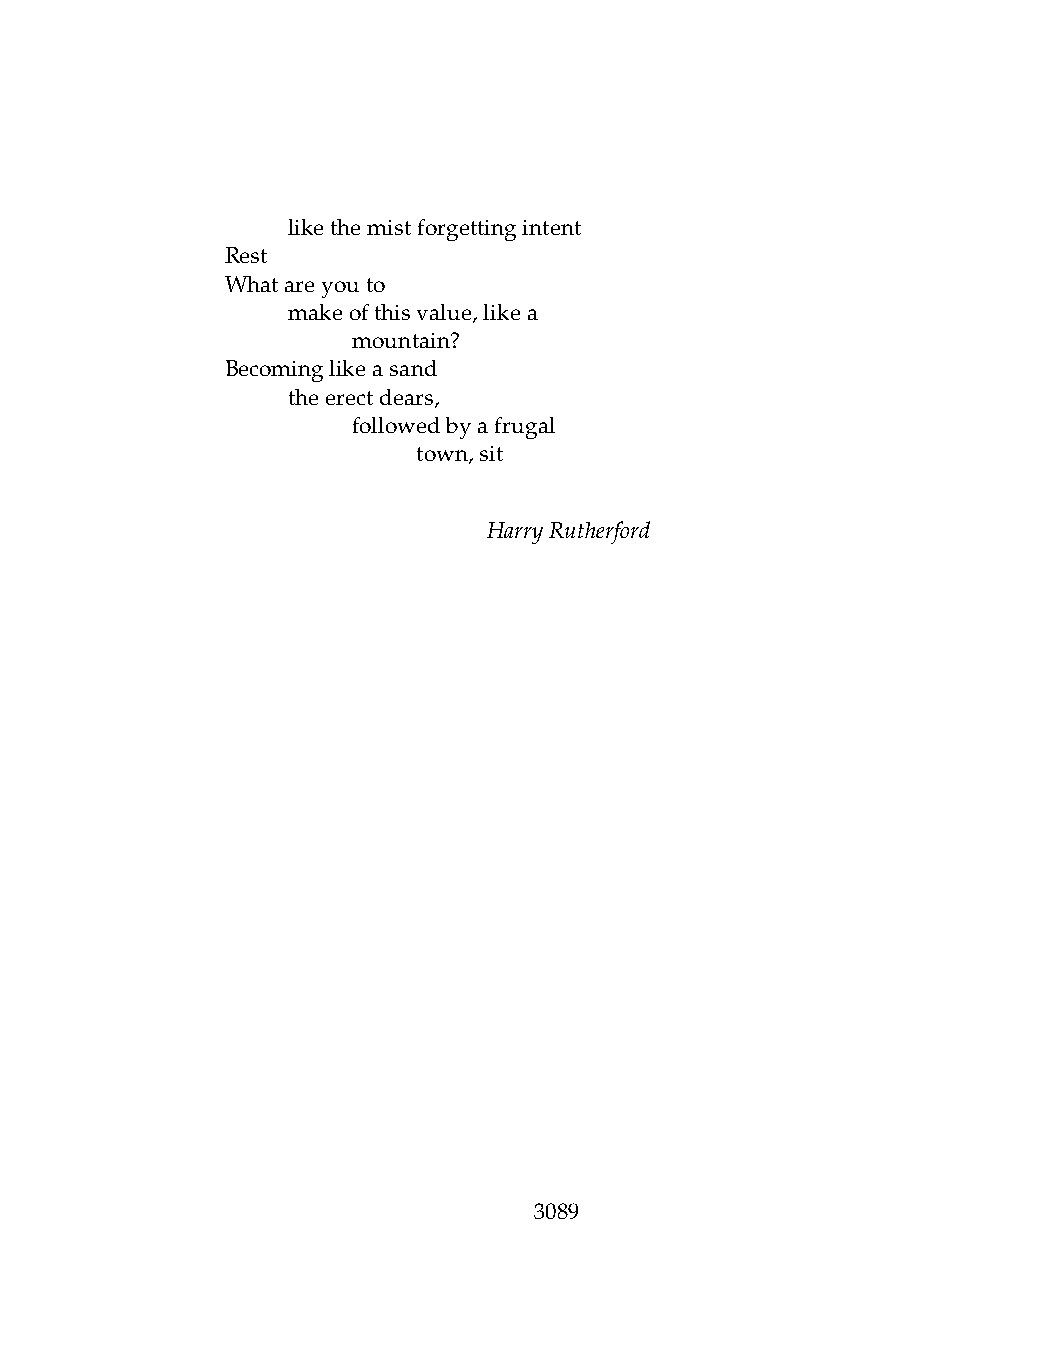
.   likethemistforgettingintent
 Rest
 Whatareyouto
 .   makeofthisvalue,likea
 .   .   mountain?
 Becominglikeasand
 .   theerectdears,
 .   .   followedbyafrugal
 .   .   .    town,sit
 HarryRutherford
 3089